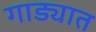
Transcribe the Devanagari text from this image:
गाड्यात